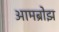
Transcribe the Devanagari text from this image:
आमब्रोझ